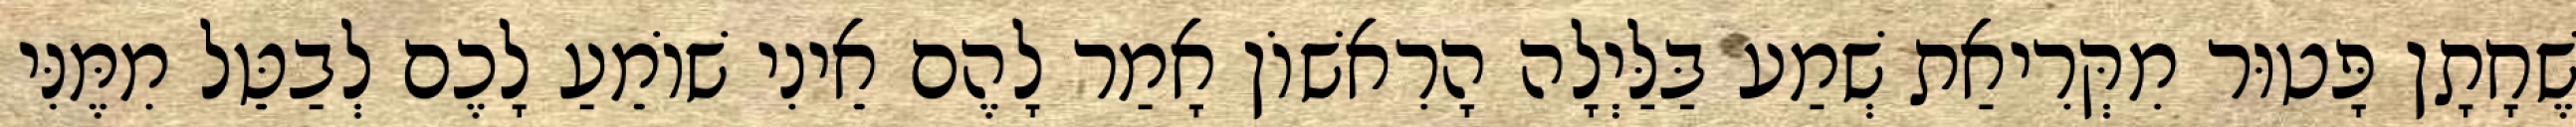
שֶׁחָתָן פָּטוּר מִקְּרִיאַת שְׁמַע בַּלַּיְלָה הָרִאשׁוֹן אָמַר לָהֶם אֵינִי שׁוֹמֵעַ לָכֶם לְבַטֵּל מִמֶּנִּי